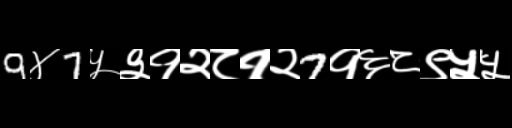
Text: 9४7५३१२८१२7१६८९५५